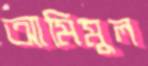
আমিমুল